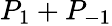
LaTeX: P_{1}+P_{-1}